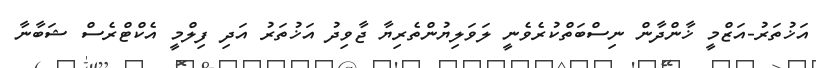
އަޚުތަރު-އަޒްމީ ޚާންދާން ނިސްބަތްކުރެވެނީ ލަވަލިޔުންތެރިޔާ ޖާވިދު އަޚުތަރު އަދި ފިލްމީ އެކްޓްރެސް ޝަބާނާ